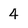
Character: 4